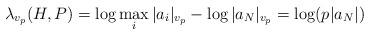
LaTeX: \begin{align*}\lambda_{v_p}(H, P) = \log \max_i |a_i|_{v_p} - \log |a_N|_{v_p} = \log (p |a_N|)\end{align*}